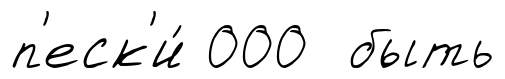
п'еск'и́ 000 быть